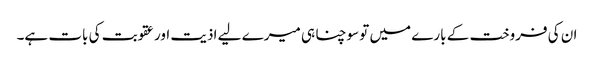
ان کی فروخت کے بارے میں تو سوچنا ہی میرے لیے اذیت اور عقوبت کی بات ہے۔